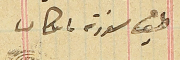
طبق مسَودة باشكاتب